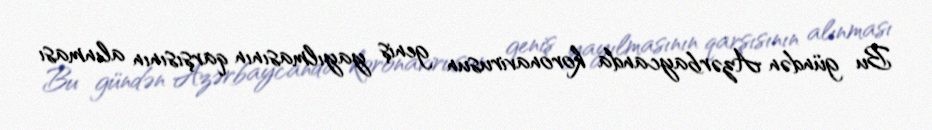
Bu gündən Azərbaycanda koronavirusun geniş yayılmasının qarşısının alınması